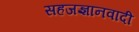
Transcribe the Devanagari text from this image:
सहजज्ञानवादी